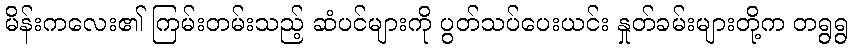
မိန်းကလေး၏ ကြမ်းတမ်းသည့် ဆံပင်များကို ပွတ်သပ်ပေးယင်း နှုတ်ခမ်းများတို့က တရွရွ